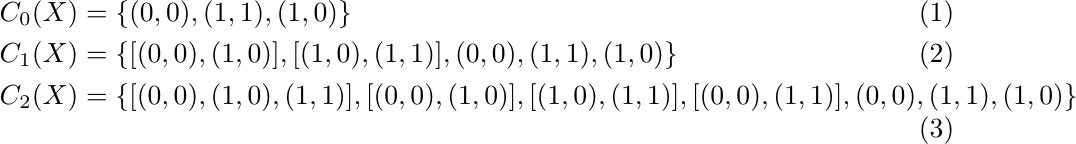
\begin{align}
	C_0(X ) &= \{(0,0),(1,1), (1,0)\}\\
	C_1(X) &= \{[(0,0),(1,0)],[(1,0),(1,1)],(0,0),(1,1), (1,0)\} \\
	C_2(X) &= \{[(0,0),(1,0),(1,1)],[(0,0),(1,0)],[(1,0),(1,1)],[(0,0),(1,1)],(0,0),(1,1), (1,0)\}
\end{align}